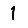
Digit: 1